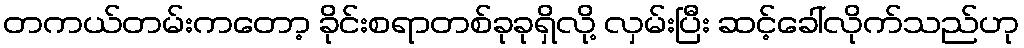
တကယ်တမ်းကတော့ ခိုင်းစရာတစ်ခုခုရှိလို့ လှမ်းပြီး ဆင့်ခေါ်လိုက်သည်ဟု